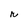
Character: r